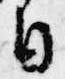
日